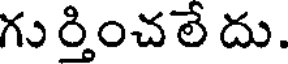
గు ర్తించలే దు.